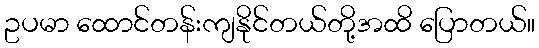
ဥပမာ ထောင်တန်းကျနိုင်တယ်တို့အထိ ပြောတယ်။